Scottish Leaving Certificate Examination, 1953
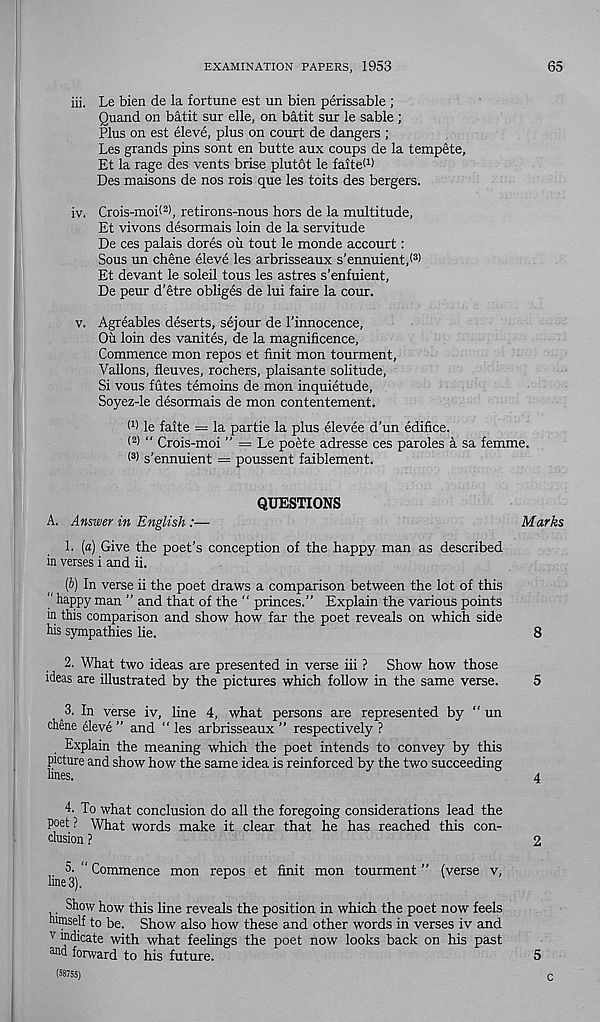
EXAMINATION PAPERS, 1953
65
iii. Le bien de la fortune est un bien perissable ;
Quand on batit sur elle, on batit sur le sable ;
Plus on est eleve, plus on court de dangers ;
Les grands pins sont en butte aux coups de la tempete,
Et la rage des vents brise plutot le faiteW
Des maisons de nos rois que les toits des bergers.
iv. Crois-moi( 2 >, retirons-nous hors de la multitude,
Et vivons desormais loin de la servitude
De ces palais dores ou tout le monde accourt:
Sous un chene eleve les arbrisseaux s’ennuient,®
Et devant le soleil tous les astres s’enfuient,
De peur d’etre obliges de lui faire la cour.
v. Agreables deserts, sejour de I’innocence,
Ou loin des vanites, de la magnificence,
Commence mon repos et finit mon tourment,
Vallons, fleuves, rochers, plaisante solitude.
Si vous futes temoins de mon inquietude,
Soyez-le desormais de mon contentement.
W le faite == la partie la plus elevee d’un edifice.
< 2 > “ Crois-moi ” = Le poete adresse ces paroles a sa femme.
< 3 ) s’ennuient = poussent faiblement.
QUESTIONS
A. Answer in English :—
1. (a) Give the poet’s conception of the happy man as described
in verses i and ii.
(b) In verse ii the poet draws a comparison between the lot of this
“ happy man ’’ and that of the “ princes.” Explain the various points
in this comparison and show how far the poet reveals on which side
his sympathies lie.
2. What two ideas are presented in verse iii ? Show how those
ideas are illustrated by the pictures which follow in the same verse.
3. In verse iv, line 4, what persons are represented by “ un
chene eleve ” and “ les arbrisseaux ” respectively ?
Explain the meaning which the poet intends to convey by this
picture and show how the same idea is reinforced by the two succeeding
lines.
4. To what conclusion do all the foregoing considerations lead the
poet ? What words make it clear that he has reached this con-
clusion ?
5. “ Commence mon repos et finit mon tourment ” (verse v,
line 3).
Show how this line reveals the position in which the poet now feels
™iself to be. Show also how these and other words in verses iv and
v ^-dicate with what feelings the poet now looks back on his past
^d forward to his future.
(58755)
Marks
8
5
4
2